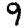
Digit: 9